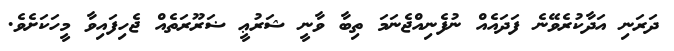
ދަރަނި އަދާކުރެވޭނެ ފަދައެއް ނުފެނިއްޖެނަމަ ތިބާ ވާނީ ޝަރުޢީ ޟަރޫރަތެއް ޖެހިފައިވާ މީހަކަށެވެ.